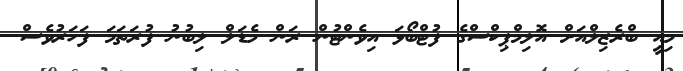
މިއީ ބްރެޒިލްއަށް އޮލިމްޕިކްސްގެ ފުޓްބޯޅަ އިވެންޓުން ރަން މެޑަލް ލިބުނު ފުރަތަމަ ފަހަރުވެސް